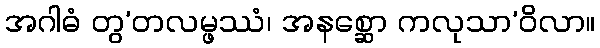
အဂါဓံ တွ’တလမ္ဖဿံ၊ အနစ္ဆော ကလုသာ’ဝိလာ။